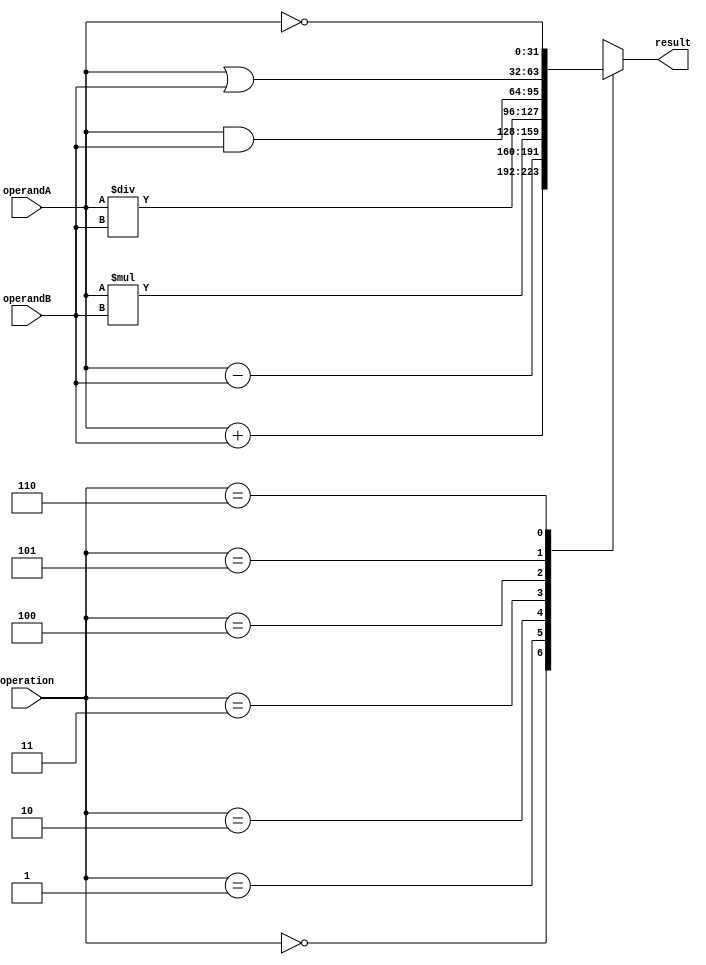
module ALU (
    input [31:0] operandA,
    input [31:0] operandB,
    input [2:0] operation,
    output reg [31:0] result
);

always @(*)
begin
    case(operation)
        3'b000: result = operandA + operandB; // Addition operation
        3'b001: result = operandA - operandB; // Subtraction operation
        3'b010: result = operandA * operandB; // Multiplication operation
        3'b011: result = operandA / operandB; // Division operation
        3'b100: result = operandA & operandB; // AND operation
        3'b101: result = operandA | operandB; // OR operation
        3'b110: result = ~operandA; // NOT operation for operandA
        default: result = 32'hxxxxxxxx; // Default value if invalid operation selected
    endcase
end

endmodule